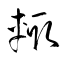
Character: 輙